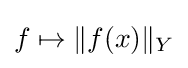
f\mapsto \|f(x)\|_{Y}